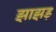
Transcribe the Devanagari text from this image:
झाझड़